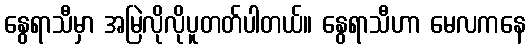
နွေရာသီမှာ အမြဲလိုလိုပူတတ်ပါတယ်။ နွေရာသီဟာ မေလကနေ